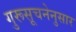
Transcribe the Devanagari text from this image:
गुरूसूचनेनुसार